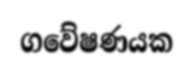
ගවේෂණයක